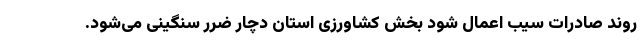
روند صادرات سیب اعمال شود بخش کشاورزی استان دچار ضرر سنگینی می‌شود.